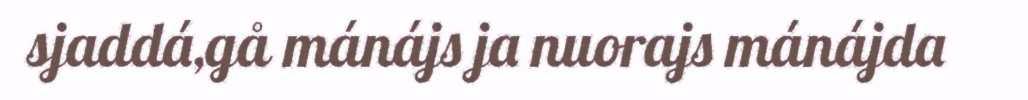
sjaddá,gå mánájs ja nuorajs mánájda